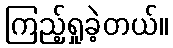
ကြည့်ရှုခဲ့တယ်။